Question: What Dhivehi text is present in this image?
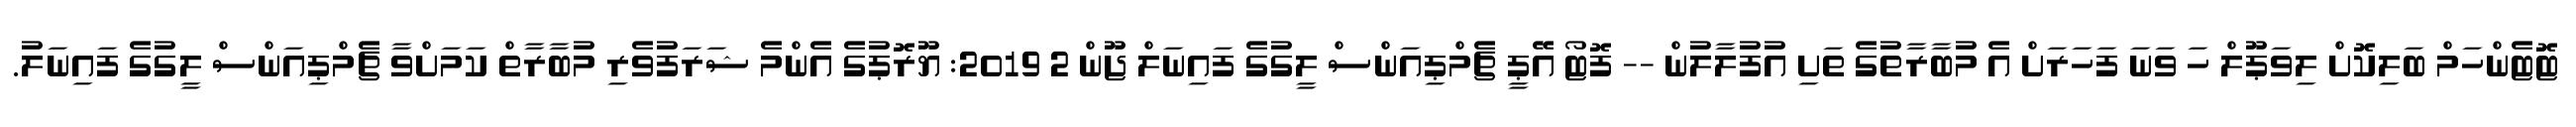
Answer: ޓޮޓެންހަމް ބަލިކޮށް ލިވަޕޫލް ހަ ވަނަ ފަހަރަށް އެ މުބާރާތުގެ ތަށި އުފުލާލުން -- ފޮޓޯ އޭޕީ ޗެމްޕިއަންސް ލީގުގެ ފައިނަލް ޖޫން 2 2019: ޔޫރޮޕުގެ އެންމެ ޝަރަފުވެރި މުބާރާތް ކަމަށްވާ ޗެމްޕިއަންސް ލީގުގެ ފައިނަލު.